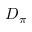
D _ { \pi }